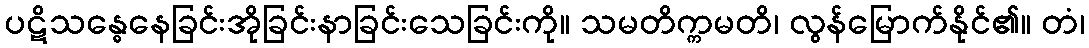
ပဋိသန္ဓေနေခြင်းအိုခြင်းနာခြင်းသေခြင်းကို။ သမတိက္ကမတိ၊ လွန်မြောက်နိုင်၏။ တံ၊